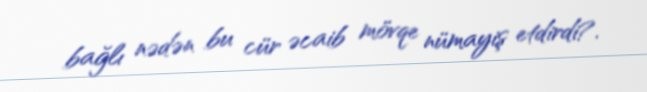
bağlı nədən bu cür əcaib mövqe nümayiş etdirdi?.